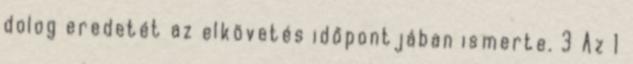
dolog eredetét az elkövetés időpontjában ismerte. 3 Az 1